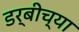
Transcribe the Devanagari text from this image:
डर्बीच्या